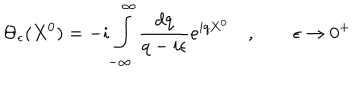
LaTeX: \Theta _ { \epsilon } ( X ^ { 0 } ) = - i \int _ { - \infty } ^ { \infty } \frac { d q } { q - i \epsilon } e ^ { i q X ^ { 0 } } \quad , \qquad \epsilon \rightarrow 0 ^ { + }